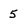
Character: 5